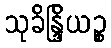
သုခိန္ဒြိယဉ္စ